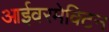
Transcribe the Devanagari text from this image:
आईवरमेक्टिन